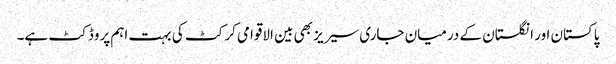
پاکستان اور انگلستان کے درمیان جاری سیریز بھی بین الاقوامی کرکٹ کی بہت اہم پروڈکٹ ہے۔